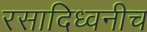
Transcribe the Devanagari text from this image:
रसादिध्वनीच